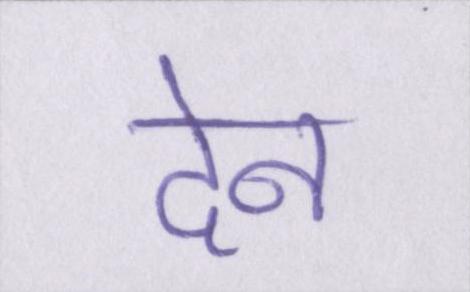
देन